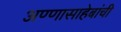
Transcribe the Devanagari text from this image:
अण्णासाहेबांची